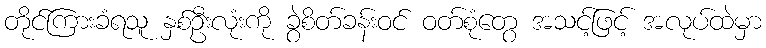
တိုင်ကြားခံရသူ နှစ်ဦးလုံးကို ခွဲစိတ်ခန်းဝင် ဝတ်စုံတွေ အသင့်ဖြင့် အလုပ်ထဲမှာ